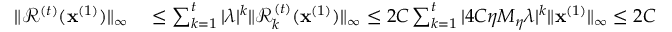
\begin{array} { r l } { \| \mathcal { R } ^ { ( t ) } ( \mathbf { x } ^ { ( 1 ) } ) \| _ { \infty } } & { { } \leq \sum _ { k = 1 } ^ { t } | \lambda | ^ { k } \| \mathcal { R } _ { k } ^ { ( t ) } ( \mathbf { x } ^ { ( 1 ) } ) \| _ { \infty } \leq 2 C \sum _ { k = 1 } ^ { t } | 4 C \eta M _ { \eta } \lambda | ^ { k } \| \mathbf { x } ^ { ( 1 ) } \| _ { \infty } \leq 2 C \sum _ { k = 1 } ^ { \infty } | 4 C \eta M _ { \eta } \lambda | ^ { k } \| \mathbf { x } ^ { ( 1 ) } \| _ { \infty } } \end{array}